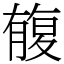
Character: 㬼